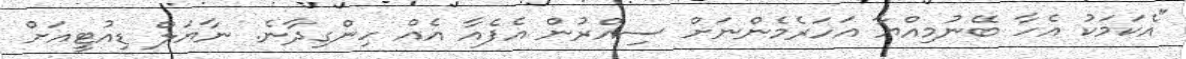
"އެކަމަކު އެހާ ބޭނުމިއްޔާ އަހަރެމެންނަށް ސިއްރުން އެފެއާ އެއް ހިންގިދާނެ. ނާޔަލް ޑިއުޓީއަށް